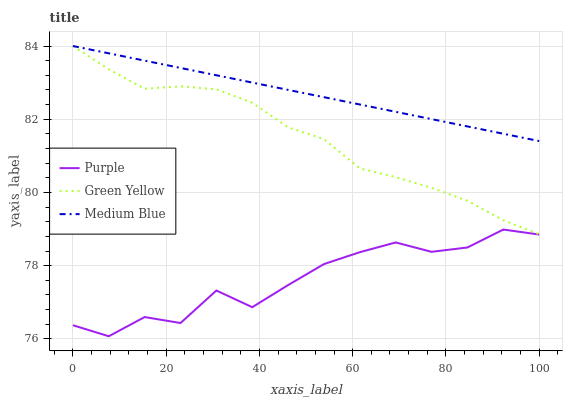
| xaxis_label | Purple | Green Yellow | Medium Blue |
 | --- | --- | --- | --- |
 | 0 | 76.4 | 84 | 84 |
 | 7.69 | 76.1 | 83.4 | 83.8 |
 | 15.4 | 76.6 | 82.8 | 83.6 |
 | 23.1 | 76.4 | 82.9 | 83.4 |
 | 30.8 | 77.3 | 82.8 | 83.2 |
 | 38.5 | 76.9 | 82.5 | 83 |
 | 46.2 | 77.5 | 81.8 | 82.8 |
 | 53.8 | 78 | 81.5 | 82.6 |
 | 61.5 | 78.4 | 80.7 | 82.4 |
 | 69.2 | 78.6 | 80.4 | 82.2 |
 | 76.9 | 78.4 | 80.1 | 82 |
 | 84.6 | 78.5 | 79.8 | 81.8 |
 | 92.3 | 79 | 79.2 | 81.6 |
 | 100 | 78.9 | 78.9 | 81.4 |